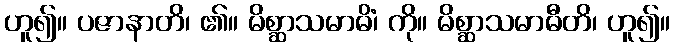
ဟူ၍။ ပဇာနာတိ၊ ၏။ မိစ္ဆာသမာဓိံ၊ ကို။ မိစ္ဆာသမာဓီတိ၊ ဟူ၍။